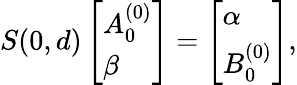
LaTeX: S(0,d)\left[\begin{array}{l}{A_{0}^{(0)}}\\ {\beta}\end{array}\right]=\left[\begin{array}{l}{\alpha}\\ {B_{0}^{(0)}}\end{array}\right],